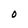
Character: O